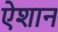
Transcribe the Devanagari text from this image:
ऐशान